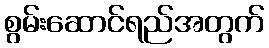
စွမ်းဆောင်ရည်အတွက်